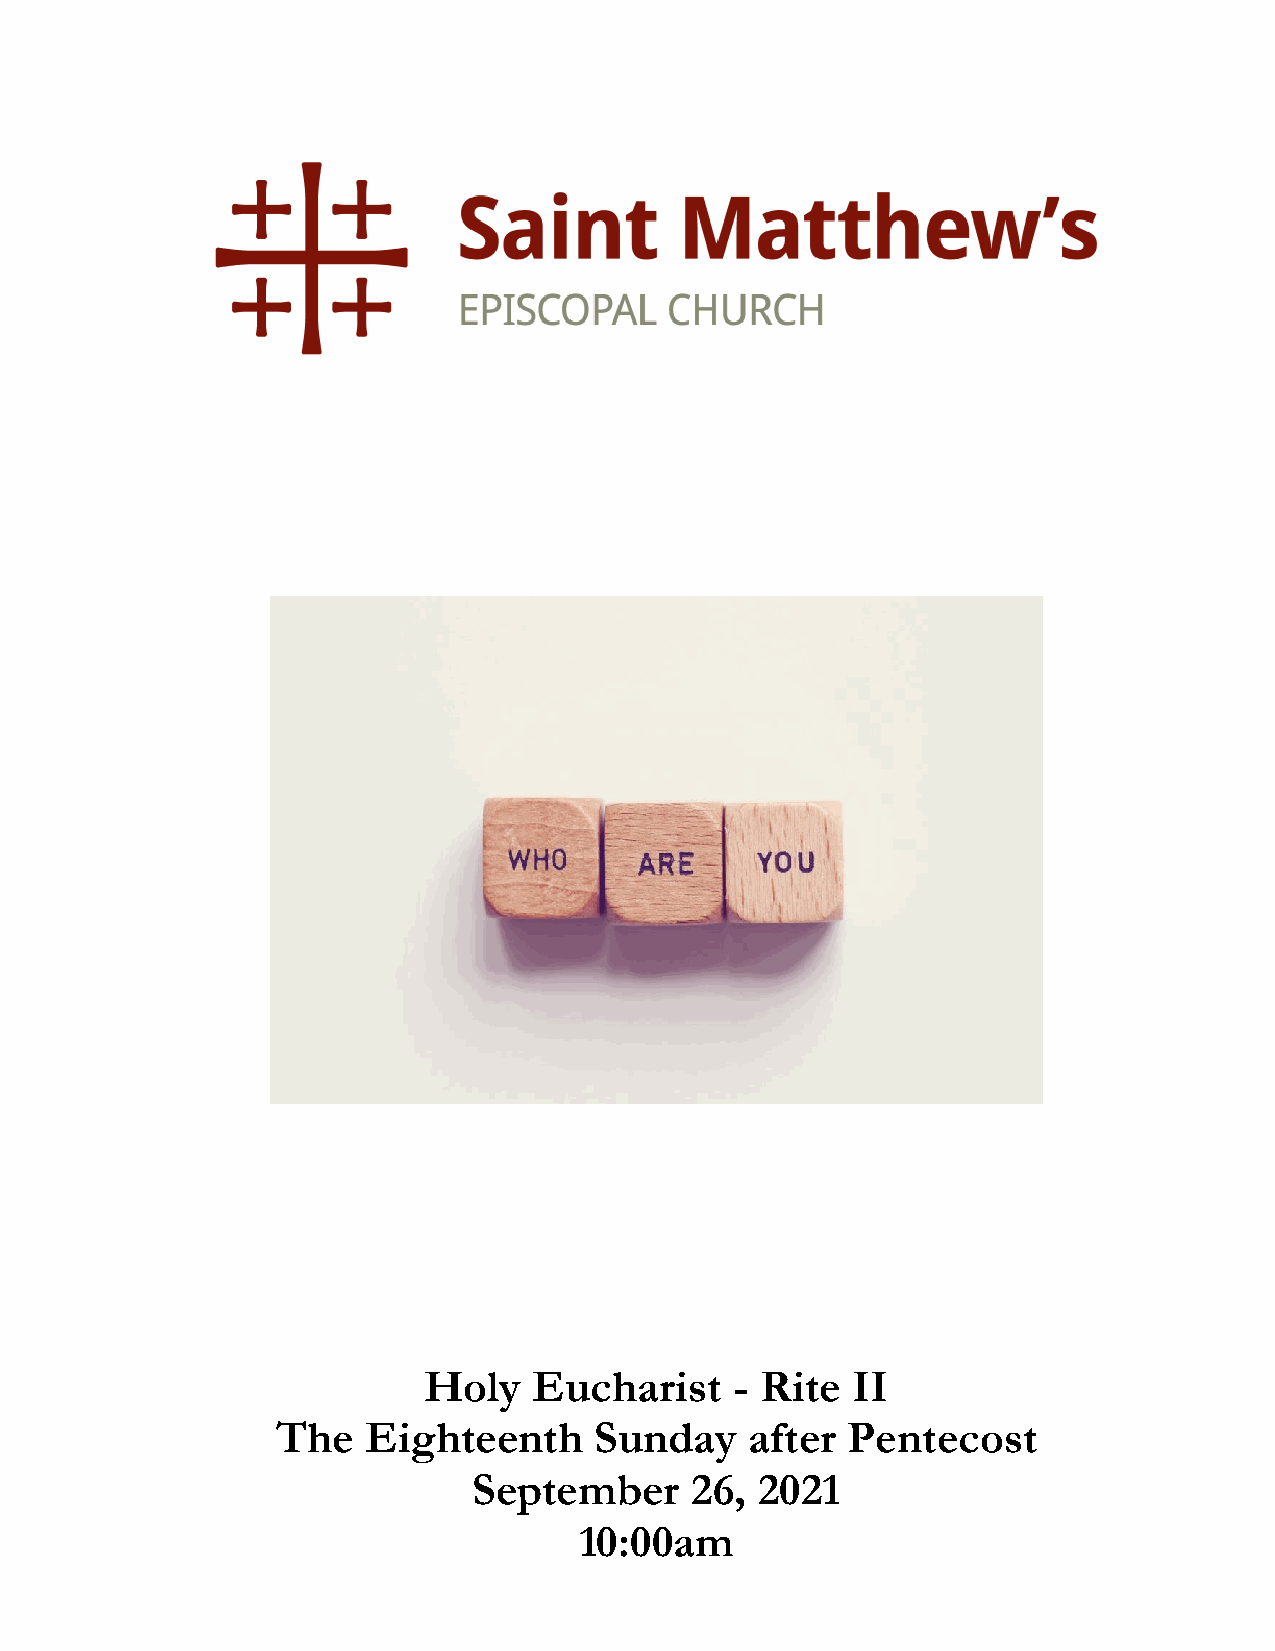
Holy   Eucharist     - Rite II
 The   Eighteenth     Sunday     after Pentecost
 September      26, 2021
 10:00am